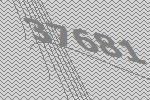
37681